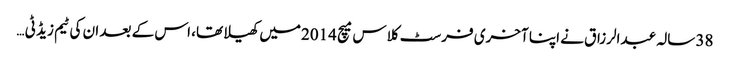
38 سالہ عبدالرزاق نے اپنا آخری فرسٹ کلاس میچ 2014میں کھیلا تھا، اس کے بعد ان کی ٹیم زیڈ ٹی …